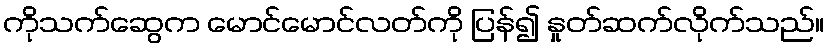
ကိုသက်ဆွေက မောင်မောင်လတ်ကို ပြန်၍ နှုတ်ဆက်လိုက်သည်။